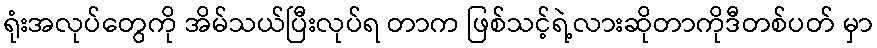
ရုံးအလုပ်တွေကို အိမ်သယ်ပြီးလုပ်ရ တာက ဖြစ်သင့်ရဲ့လားဆိုတာကိုဒီတစ်ပတ် မှာ